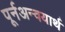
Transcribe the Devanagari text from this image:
पूर्नअन्वयार्थ